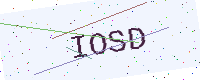
Text: IOSD